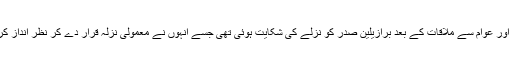
حامیوں اور عوام سے ملاقات کے بعد برازیلین صدر کو نزلے کی شکایت ہوئی تھی جسے انہوں نے معمولی نزلہ قرار دے کر نظر انداز کردیا تھا۔